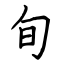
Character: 旬